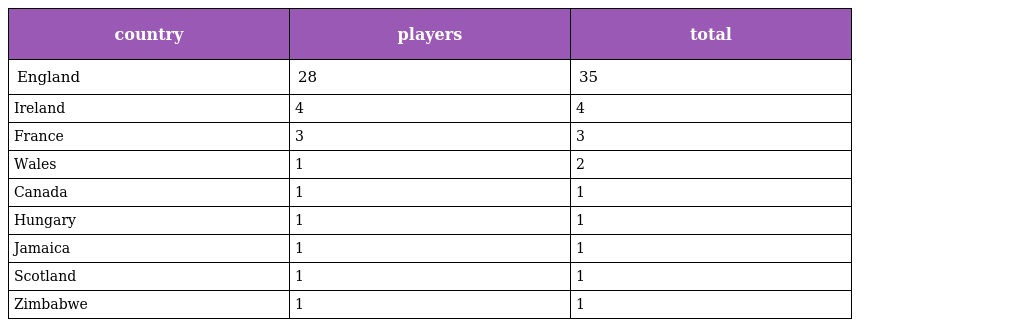
| country | players | total |
 | --- | --- | --- |
 | England | 28 | 35 |
 | Ireland | 4 | 4 |
 | France | 3 | 3 |
 | Wales | 1 | 2 |
 | Canada | 1 | 1 |
 | Hungary | 1 | 1 |
 | Jamaica | 1 | 1 |
 | Scotland | 1 | 1 |
 | Zimbabwe | 1 | 1 |